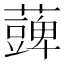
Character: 𮒪